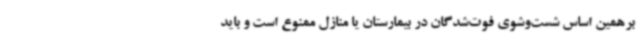
برهمین اساس شست‌وشوی فوت‌شدگان در بیمارستان یا منازل ممنوع است و باید